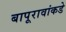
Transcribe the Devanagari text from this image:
बापूरावांकडे